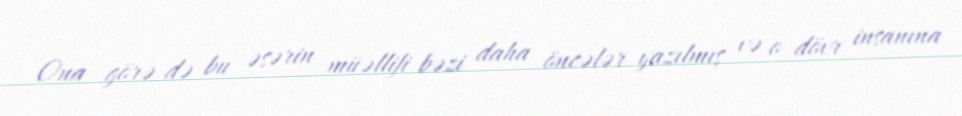
Ona görə də bu əsərin müəllifi bəzi daha öncələr yazılmış və o dövr insanına